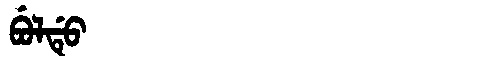
Manchu: ᠪᡠᠯᡩᡠ
Romanization: BULDU